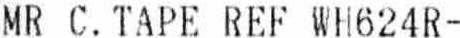
MR C. TAPE REF WH624R-